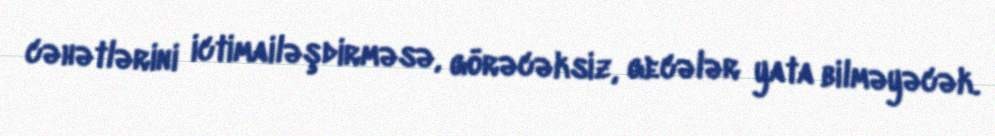
cəhətlərini ictimailəşdirməsə, görəcəksiz, gecələr yata bilməyəcək.